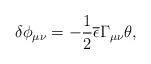
LaTeX: \begin{align*}\delta \phi_{\mu \nu} = -\frac{1}{2} \overline{\epsilon} \Gamma_{\mu \nu} \theta,\end{align*}